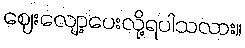
ဈေးလျော့ပေးလို့ရပါသလား။